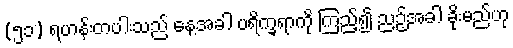
(၅၁) ရဟန်းတပါးသည် နေ့အခါ ပရိက္ခရာကို ကြည့်၍ ညဉ့်အခါ ခိုးမည်ဟု